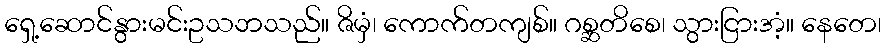
ရှေ့ဆောင်နွားမင်းဥသဘသည်။ ဇိမှံ၊ ကောက်တကျစ်။ ဂစ္ဆတိစေ၊ သွားငြားအံ့။ နေတေ၊